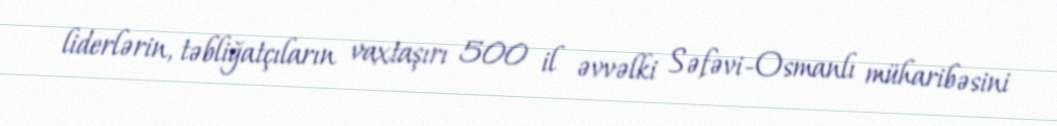
liderlərin, təbliğatçıların vaxtaşırı 500 il əvvəlki Səfəvi-Osmanlı müharibəsini